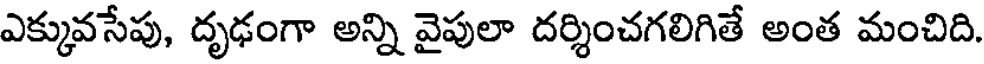
ఎక్కువసేపు, దృఢంగా అన్ని వైపులా దర్శించగలిగితే అంత మంచిది.